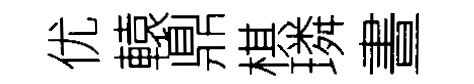
优轅鼎棋璘晝